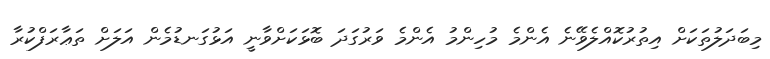
މިބަދަލުތަކަށް އިތުރުކޮއްލެވޭނެ އެންމެ މުހިންމު އެންމެ ވަރުގަދަ ބޮޅަކަށްވާނީ އަޅުގަނޑުމެން އަލަށް ތަޢާރަފްކުރާ